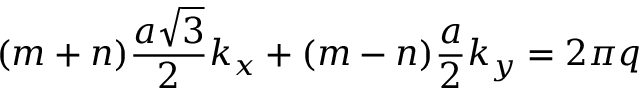
( m + n ) \frac { a \sqrt { 3 } } { 2 } k _ { x } + ( m - n ) \frac { a } { 2 } k _ { y } = 2 \pi q